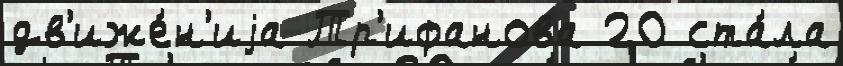
дв'иже́н'иjа Тр'ифанова 20 ста́ла